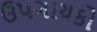
ઉપગાયકો